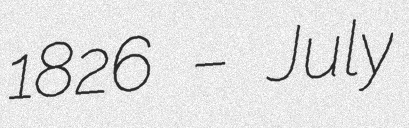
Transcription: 1826 – July